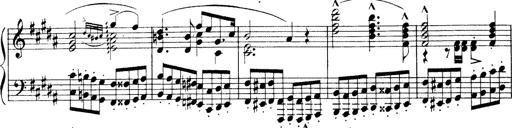
Title: Wagner-Liszt Album
Composer: Franz Liszt